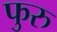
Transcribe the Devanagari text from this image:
फुरु